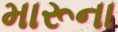
મારૂના